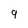
Character: 9